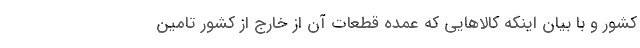
کشور و با بیان اینکه کالاهایی که عمده قطعات آن از خارج از کشور تامین